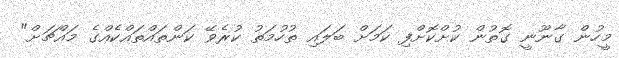
މީހުން ގާނޫނީ ގޮތުން ކުށްކޮށްފި ކަމަށް ބަލައި ތުހުމަތު ކުރެވޭ ކަންތައްތައްކެއްގެ މައްޗަށް"